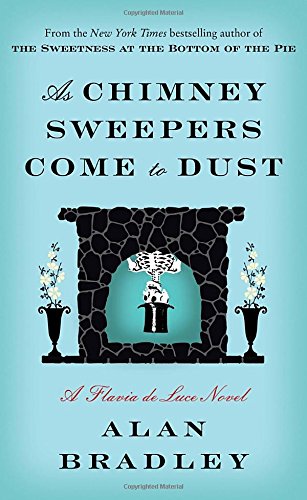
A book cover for As Chimney Sweepers Come to Dust: A Flavia de Luce Novel; Alan Bradley; Mystery, Thriller & Suspense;